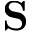
{ \bf S }